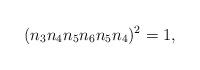
LaTeX: \begin{align*}(n_3n_4n_5n_6n_5n_4)^2=1,\end{align*}